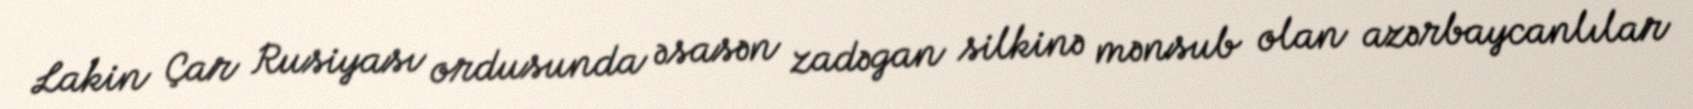
Lakin Çar Rusiyası ordusunda əsasən zadəgan silkinə mənsub olan azərbaycanlılar